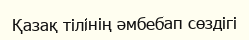
Қазақ тілінің әмбебап сөздігі